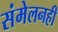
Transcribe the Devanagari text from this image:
संमेलनही